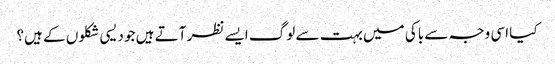
کیا اسی وجہ سے باکی میں بہت سے لوگ ایسے نظر آتے ہیں جو دیسی شکلوں کے ہیں؟